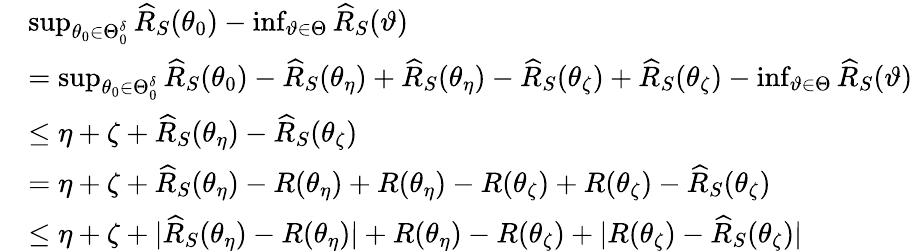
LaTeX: \begin{array}{rl}&{\operatorname*{sup}_{\theta_{0}\in\Theta_{0}^{\delta}}\widehat{R}_{S}(\theta_{0})-\operatorname*{inf}_{\vartheta\in\Theta}\widehat{R}_{S}(\vartheta)}\\ &{=\operatorname*{sup}_{\theta_{0}\in\Theta_{0}^{\delta}}\widehat{R}_{S}(\theta_{0})-\widehat{R}_{S}(\theta_{\eta})+\widehat{R}_{S}(\theta_{\eta})-\widehat{R}_{S}(\theta_{\zeta})+\widehat{R}_{S}(\theta_{\zeta})-\operatorname*{inf}_{\vartheta\in\Theta}\widehat{R}_{S}(\vartheta)}\\ &{\leq\eta+\zeta+\widehat{R}_{S}(\theta_{\eta})-\widehat{R}_{S}(\theta_{\zeta})}\\ &{=\eta+\zeta+\widehat{R}_{S}(\theta_{\eta})-R(\theta_{\eta})+R(\theta_{\eta})-R(\theta_{\zeta})+R(\theta_{\zeta})-\widehat{R}_{S}(\theta_{\zeta})}\\ &{\leq\eta+\zeta+|\widehat{R}_{S}(\theta_{\eta})-R(\theta_{\eta})|+R(\theta_{\eta})-R(\theta_{\zeta})+|R(\theta_{\zeta})-\widehat{R}_{S}(\theta_{\zeta})|}\end{array}